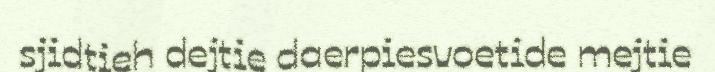
sjidtieh dejtie daerpiesvoetide mejtie